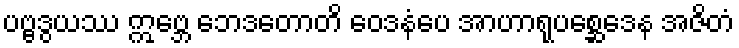
ပဗ္ဗဒွယဿ ဣဗ္ဘေ ဘေဒတောတိ ဝေဒနံပေ အာဟာရုပစ္ဆေဒေန အဇိတံ